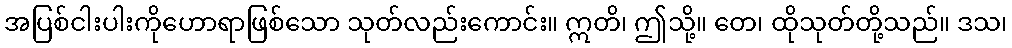
အပြစ်ငါးပါးကိုဟောရာဖြစ်သော သုတ်လည်းကောင်း။ ဣတိ၊ ဤသို့။ တေ၊ ထိုသုတ်တို့သည်။ ဒသ၊